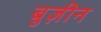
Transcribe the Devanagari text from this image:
बुज़ीन